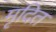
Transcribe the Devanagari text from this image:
मृदित